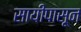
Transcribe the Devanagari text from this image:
सायीपासून